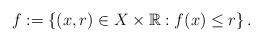
LaTeX: \begin{align*} f :=\left\{ (x,r) \in X\times \mathbb{R}: f(x) \leq r\right\}.\end{align*}